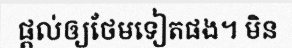
ផ្តល់ឲ្យថែមទៀតផង។ មិន